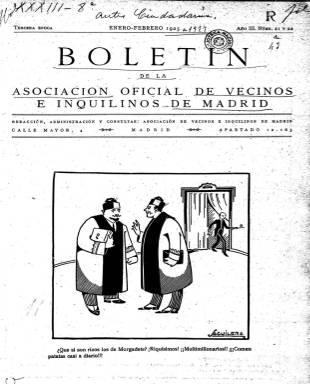
Título: Boletín de la Asociación Oficial de Vecinos e Inquilinos de Madrid
Colección: Urbanismo || Administración local
Ámbito geográfico: Madrid
Lugar de publicación: Madrid
Fechas: 01/01/1925-01/11/1935

Publicación editada en defensa de sus intereses por la Asociación Oficial de Vecinos e Inquilinos de Madrid que tenía como objetivo fundamental reivindicar de los organismos oficiales la construcción de viviendas asequibles y defender a los arrendatarios de viviendas y locales comerciales, pidiendo la congelación o la bajada de los alquileres. La Asociación fue fundada por el abogado Lorenzo Barrio y Morayta, quien también dirigía La Federación, una publicación del entonces municipio de Vallecas.

  La Asociación, creada en 1919, fue declarada oficial en 1923 por el Gobierno por su carácter eminentemente social. A partir de entonces comenzó a editar el Boletín, aunque la colección de la Biblioteca Nacional comienza con los números correspondientes al año 1925. Se editaba primero con periodicidad bimestral para pasar luego a ser mensual. Su paginación era variable, con números de 8 páginas hasta otros de 32.

   El Boletín insistía en la construcción por parte del Ayuntamiento de casas baratas, algo que será recurrente en sus números. En uno de ellos señala, por ejemplo, que el Ayuntamiento tiene muchos trabajadores a su servicio, como los más de 600 que trabajan en el matadero, y da noticia de la iniciativa de un concejal para que se construyan viviendas para este colectivo en terrenos municipales existentes junto al matadero.

También informaba de las actividades y noticias relacionadas con inquilinos y sus asociaciones en otras ciudades de España, así como en ocasiones de fuera de España. Así, en el número de abril de 1926 podemos leer un sorprendente desalojo en la capital francesa: ‘El comisario de Policía de Paris, siguiendo el procedimiento seguido en otros casos para expulsar de sus viviendas gentes indeseables, ha desahuciado de su domicilio de la calle de Clignancourt a las Sras. Cazados, mediante gases lacrimógenos. El prefecto de Policía cree que ese procedimiento no debió emplearse en el caso de esas damas, y censurando la iniciativa del comisario va a instruir el oportuno expediente’.

  La publicidad insertada en el propio Boletín para captar inquilinos y cuotas de asociados era un tanto agresiva. Como ejemplo, este anuncio encabezado con la palabra ¡Inqulino! en grande: ‘Si el casero abusa de ti es porque lo consientes. Estabas desamparado y te hemos dado un arma: el Real decreto de 21 de junio de 1920 y disposiciones siguientes. El que teniendo un arma se deja atropellar sin defenderse es un cobarde. Los caseros tienen una Cámara de la Propiedad Urbana a la que han conseguido que se obligue a asociarse a todos’.

 En diciembre 1933, con el título ‘Otro golpe a los inquilinos’, la publicación se queja del llamado Impuesto de Inquilinato propuesto por un Ayuntamiento gobernado por la izquierda. El último número del Boletín que posee la BNE corresponde a noviembre de 1935, donde se puede comprobar que la publicación había pasado también a defender a los consumidores, con quejas contra las compañías eléctricas o el Consorcio del Pan.

[Descripción publicada el 12/05/2020]